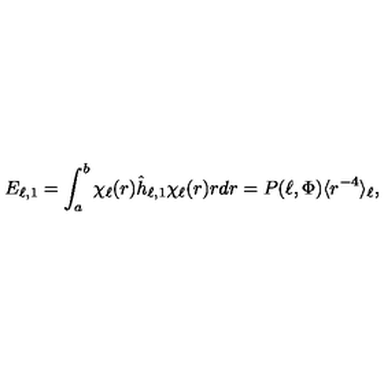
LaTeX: E _ { \ell , 1 } = \int _ { a } ^ { b } \chi _ { \ell } ( r ) \hat { h } _ { \ell , 1 } \chi _ { \ell } ( r ) r d r = P ( \ell , \Phi ) \langle r ^ { - 4 } \rangle _ { \ell } ,